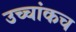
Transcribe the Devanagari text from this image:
उच्चांकच